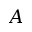
A